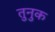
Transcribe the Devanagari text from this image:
तुनुक